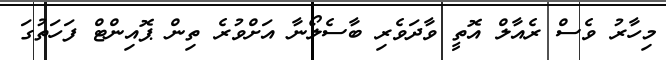
މިހާރު ވެސް ރެއާލް އޮތީ ވާދަވެރި ބާސެލޯނާ އަށްވުރެ ތިން ޕޮއިންޓް ފަހަތުގަ